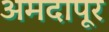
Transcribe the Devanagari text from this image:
अमदापूर